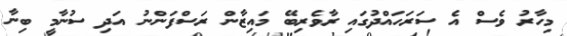
މިހާރު ވެސް އެ ސަރަހައްދުގައި ރާވެރިބޭ މައިޒާން ރަސްފަންނު އަދި ސުނާމީ ބިނާ